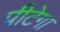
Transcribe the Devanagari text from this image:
पीटेगा